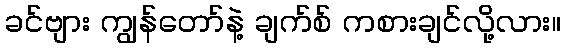
ခင်ဗျား ကျွန်တော်နဲ့ ချက်စ် ကစားချင်လို့လား။